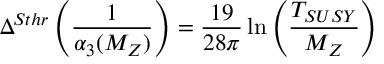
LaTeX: \Delta ^ { S t h r } \left( \frac { 1 } { \alpha _ { 3 } ( M _ { Z } ) } \right) = \frac { 1 9 } { 2 8 \pi } \ln \left( \frac { T _ { S U S Y } } { M _ { Z } } \right)